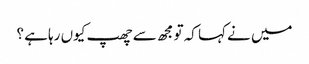
میں نے کہا کہ تو مجھ سے چھپ کیوں رہا ہے ؟